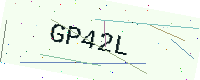
Text: GP42L